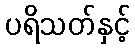
ပရိသတ်နှင့်